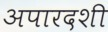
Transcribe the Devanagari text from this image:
अपारदशी